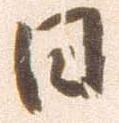
日